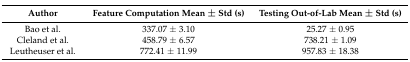
<table><thead><tr><td><b>Author</b></td><td><b>Feature Computation Mean ± Std (s)</b></td><td><b>Testing Out-of-Lab Mean ± Std (s)</b></td></tr></thead><tbody><tr><td>Bao et al.</td><td>337.07 ± 3.10</td><td>25.27 ± 0.95</td></tr><tr><td>Cleland et al.</td><td>458.79 ± 6.57</td><td>738.21 ± 1.09</td></tr><tr><td>Leutheuser et al.</td><td>772.41 ± 11.99</td><td>957.83 ± 18.38 </td></tr></tbody></table>